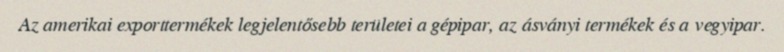
Az amerikai exporttermékek legjelentősebb területei a gépipar, az ásványi termékek és a vegyipar.